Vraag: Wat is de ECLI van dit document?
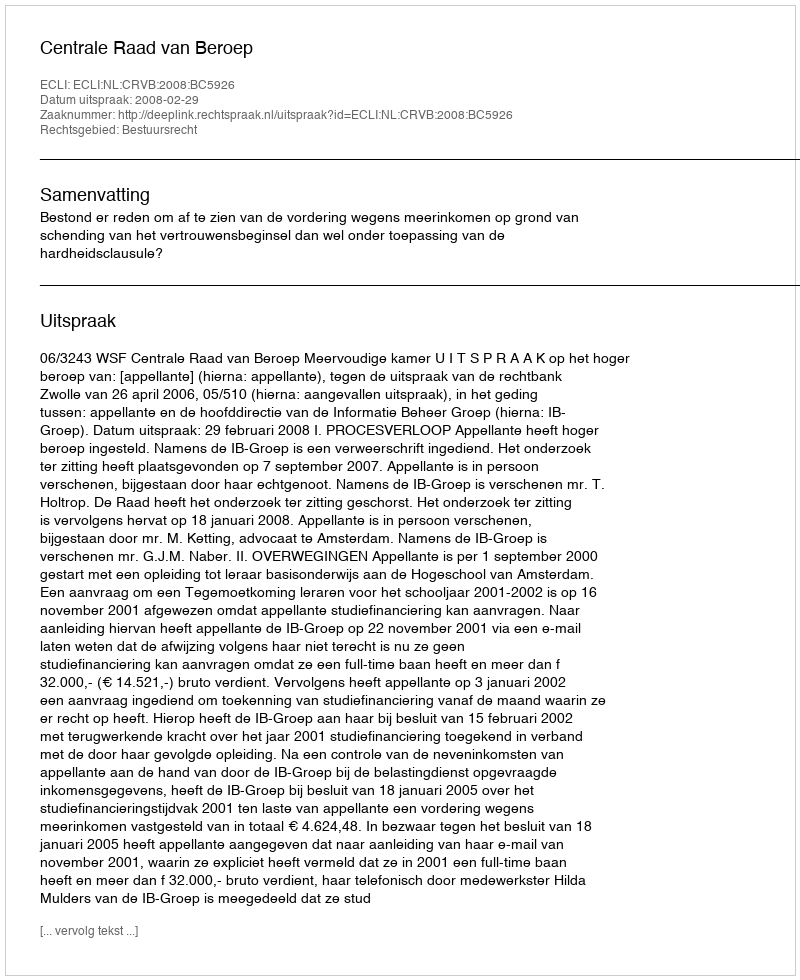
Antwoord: ECLI:NL:CRVB:2008:BC5926